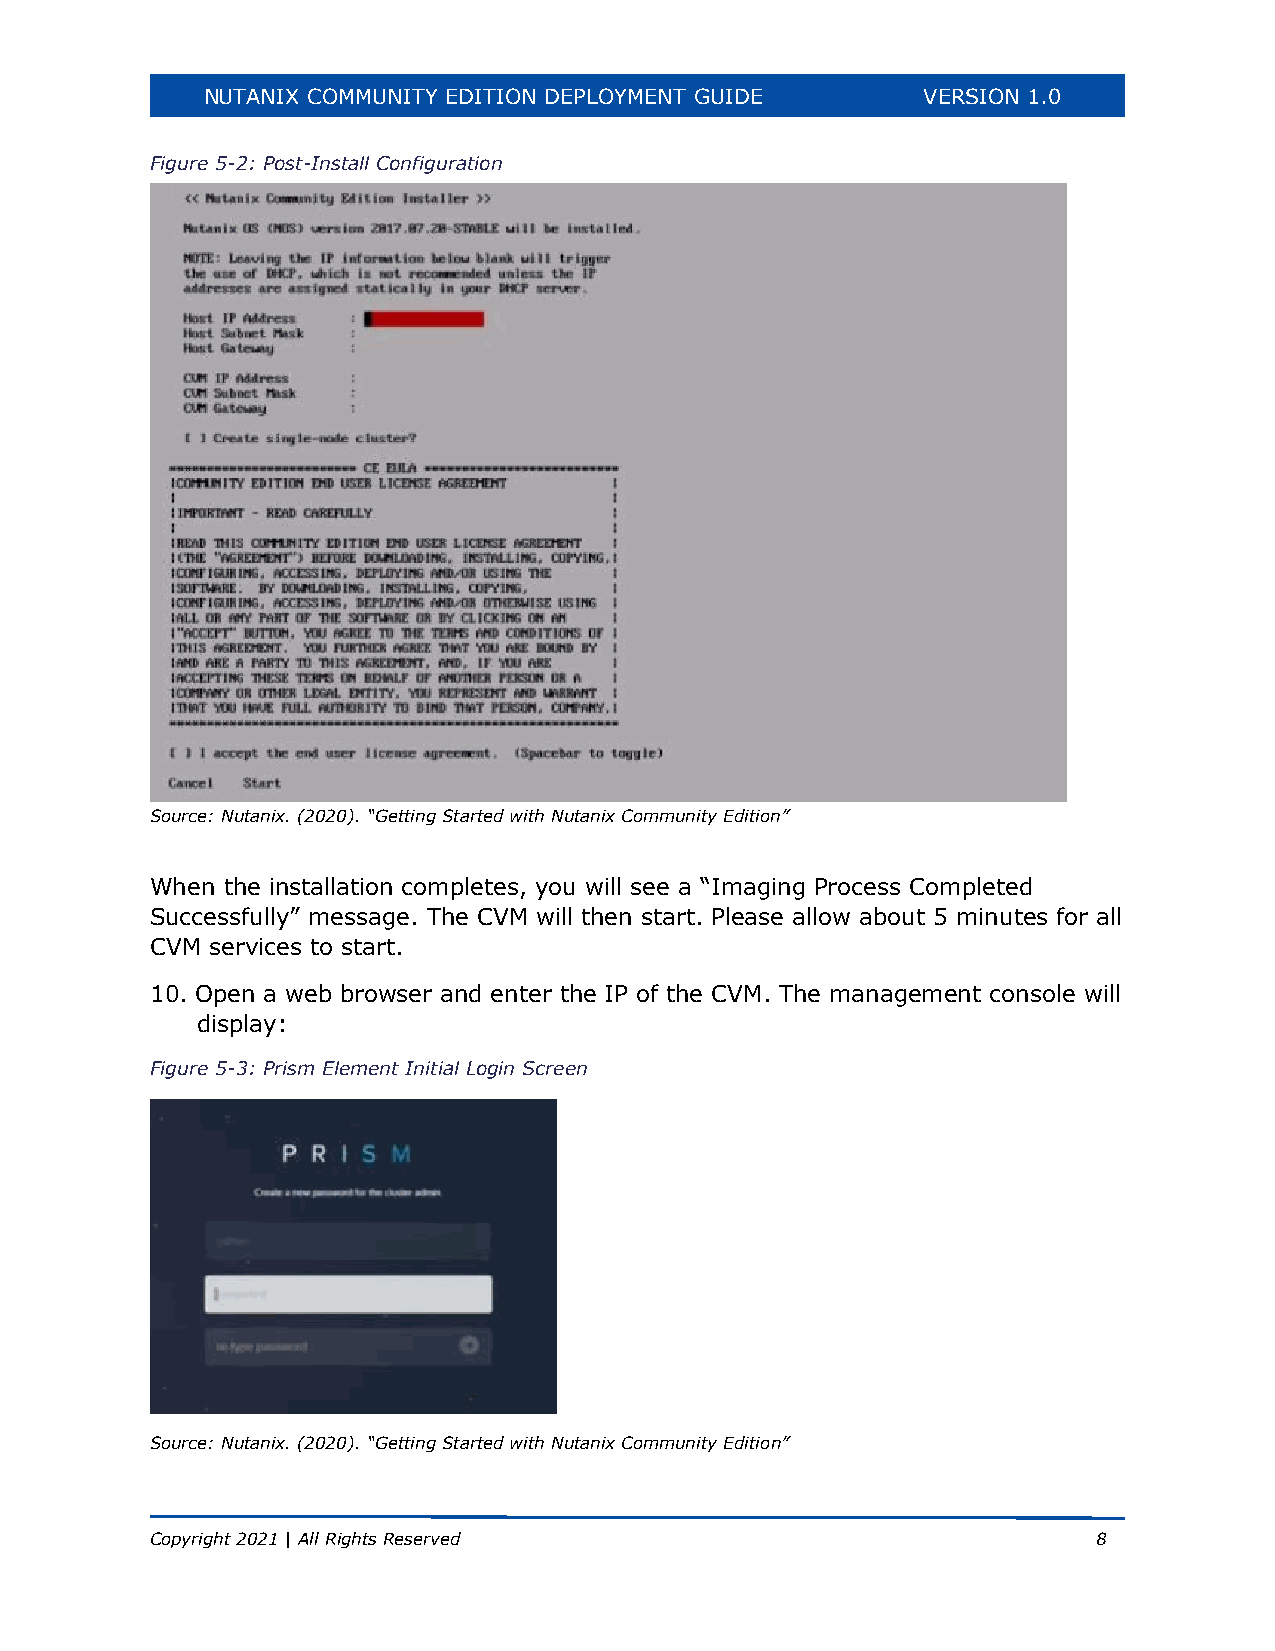
NUTANIX COMMUNITY EDITION DEPLOYMENT GUIDE      VERSION 1.0
 Figure 5-2: Post-Install Configuration
 Source: Nutanix. (2020). “Getting Started with Nutanix Community Edition”
 When the installation completes, you will see a “Imaging Process Completed
 Successfully” message. The CVM will then start. Please allow about 5 minutes for all
 CVM services to start.
 10. Open a web browser and enter the IP of the CVM. The management console will
 display:
 Figure 5-3: Prism Element Initial Login Screen
 Source: Nutanix. (2020). “Getting Started with Nutanix Community Edition”
 Copyright 2021 | All Rights Reserved                           8